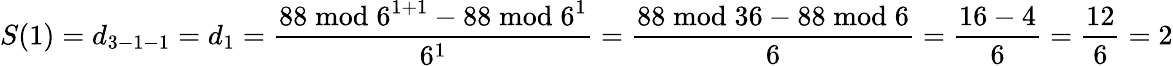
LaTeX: S(1)=d_{3-1-1}=d_{1}={\frac{88{\bmod{6}}^{1+1}-88{\bmod{6}}^{1}}{6^{1}}}={\frac{88{\bmod{3}}6-88{\bmod{6}}}{6}}={\frac{16-4}{6}}={\frac{12}{6}}=2